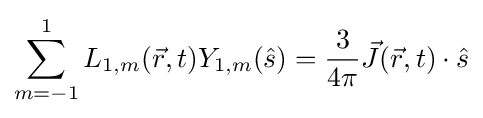
\sum _{m=-1}^{1}L_{1,m}({\vec {r}},t)Y_{1,m}({\hat {s}})={\frac {3}{4\pi }}{\vec {J}}({\vec {r}},t)\cdot {\hat {s}}